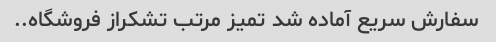
سفارش سریع آماده شد تمیز مرتب تشکراز فروشگاه..